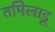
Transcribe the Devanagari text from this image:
तमिलाडू